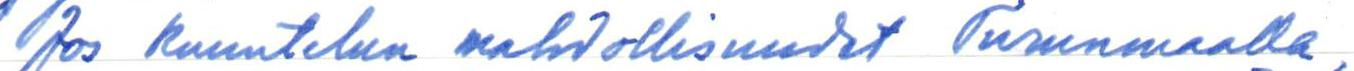
Jos kuuntelun mahdollisuudet Turunmaalla,